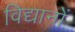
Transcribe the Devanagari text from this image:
विद्यानों